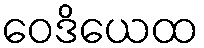
ဝေဒိယေထ